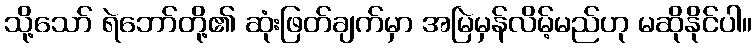
သို့သော် ရဲဘော်တို့၏ ဆုံးဖြတ်ချက်မှာ အမြဲမှန်လိမ့်မည်ဟု မဆိုနိုင်ပါ။